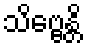
သိဗ္ဗေန္တိ